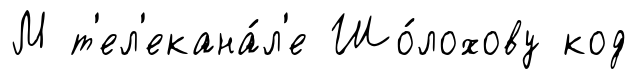
М т'ел'екана́л'е Шо́лохову код